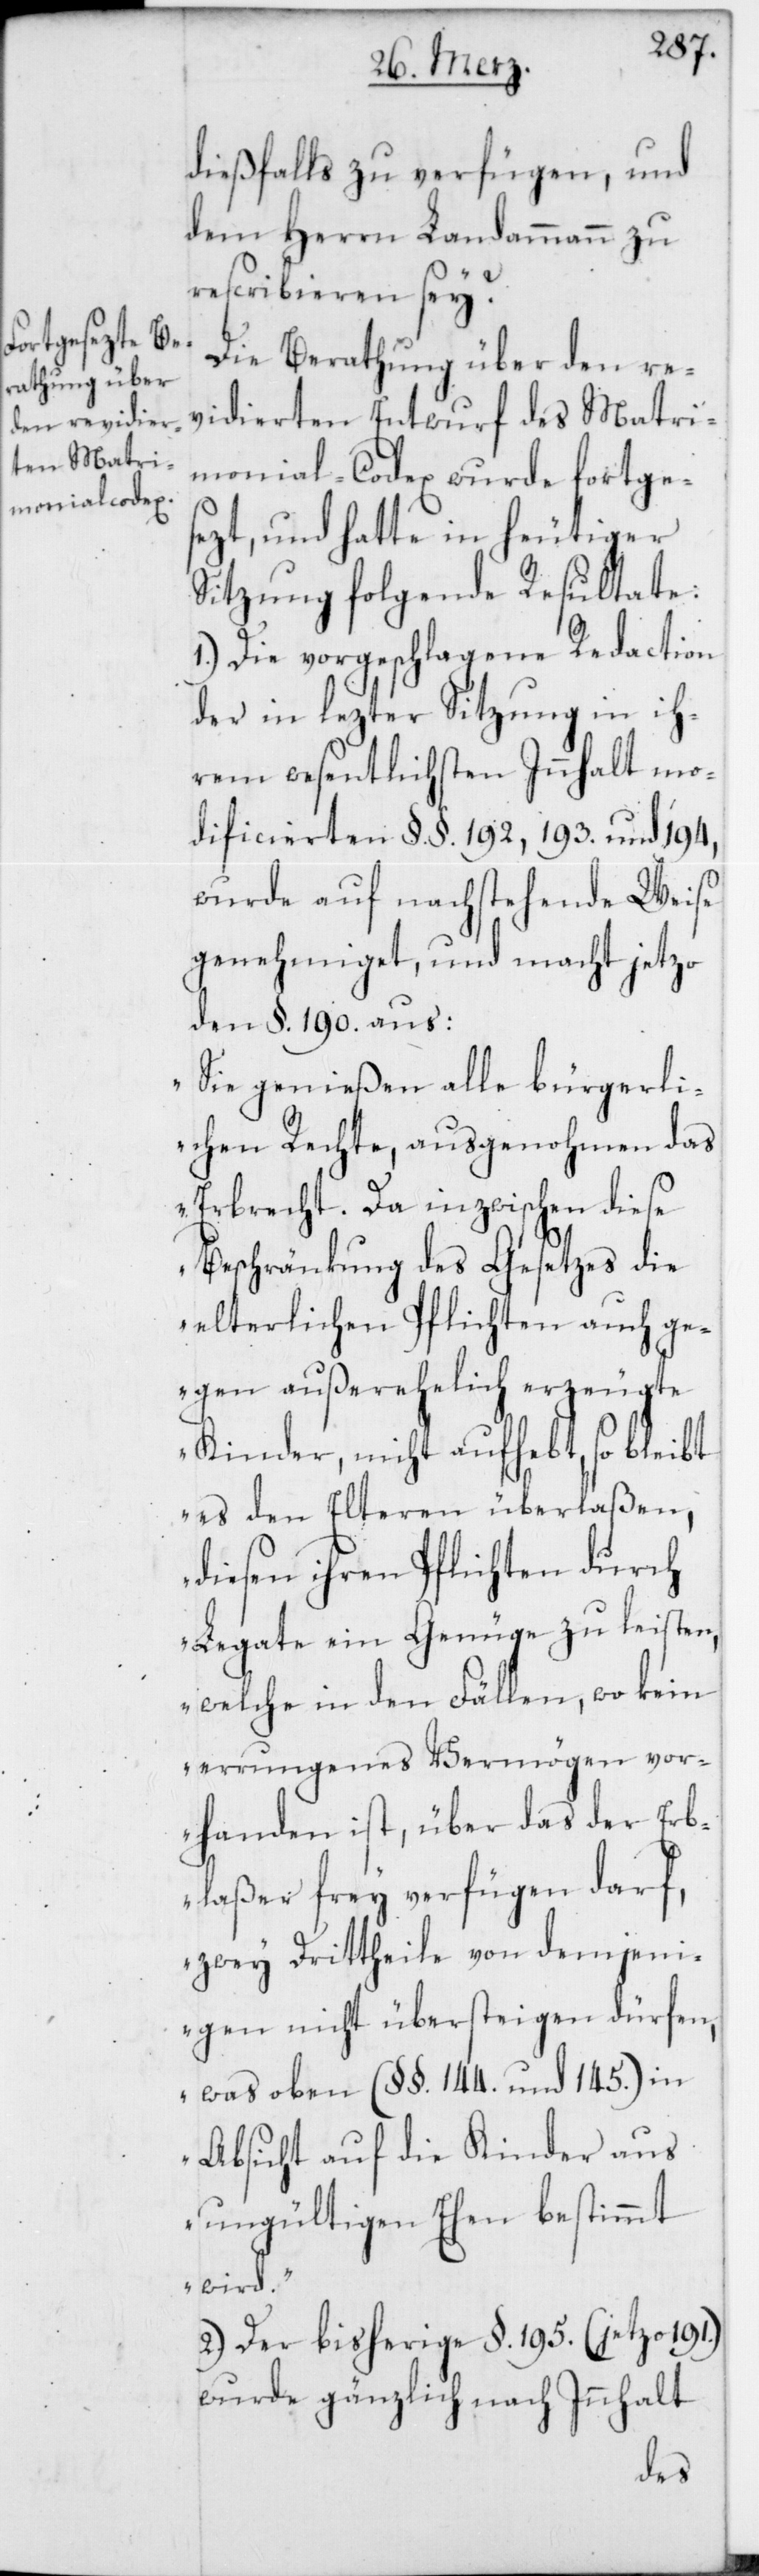
dießfalls zu verfügen, und
dem Herrn Landammann zu
rescribieren sey?
Die Berathung über den re¬
vidierten Entwurf des Matri¬
monial-Codex wurde fortge¬
sezt, und hatte in heutiger
Sitzung folgende Resultate:
1.) Die vorgeschlagene Redaction
der in lezter Sitzung in ih¬
rem wesentlichsten Innhalt mo¬
dificierten §. §. 192, 193. und 194,
wurde auf nachstehende Weise
genehmiget, und macht jetzo
den §. 190. aus:
„Sie genießen alle bürgerli¬
chen Rechte, ausgenohmen das
Erbrecht. Da inzwischen diese
Beschränkung des Gesetzes die
elterlichen Pflichten auch ge¬
gen außerehelich erzeugte
Kinder, nicht aufhebt, so bleibt
es den Elteren überlaßen,
diesen ihren Pflichten durch
Legate ein Genügen zu leisten,
welche in den Fällen, wo kein
errungenes Vermögen vor¬
handen ist, über das der Erb¬
laßer frey verfügen darf,
zwey Drittheile von demjeni¬
gen nicht übersteigen dürfen,
was oben (§. §. 144. und 145.) in
Absicht auf die Kinder aus
ungültigen Ehen bestimmt
wird.“
2.) Der bisherige §. 195. (jetzo 191.)
wurde gänzlich nach Innhalt